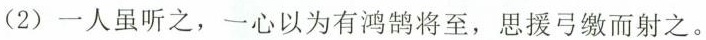
(2)一人虽听之，一心以为有鸿鹄将至，思援弓缴而射之。